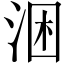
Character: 涃